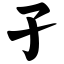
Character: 孑